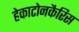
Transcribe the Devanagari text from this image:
हेकाटोनकैरिस